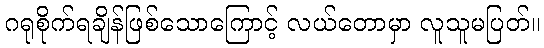
ဂရုစိုက်ရချိန်ဖြစ်သောကြောင့် လယ်တောမှာ လူသူမပြတ်။